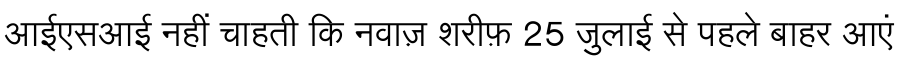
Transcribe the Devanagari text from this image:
आईएसआई नहीं चाहती कि नवाज़ शरीफ़ 25 जुलाई से पहले बाहर आएं